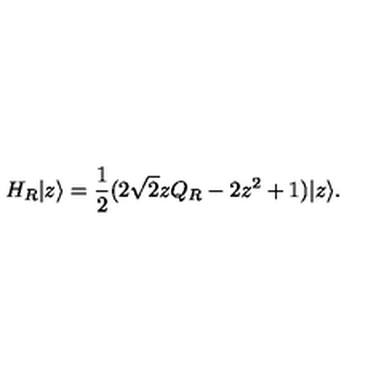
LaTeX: H _ { R } | z \rangle = \frac { 1 } { 2 } ( 2 \sqrt { 2 } z Q _ { R } - 2 z ^ { 2 } + 1 ) | z \rangle .